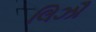
લિઝૌ